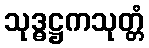
သုဒ္ဓဋ္ဌကသုတ္တံ